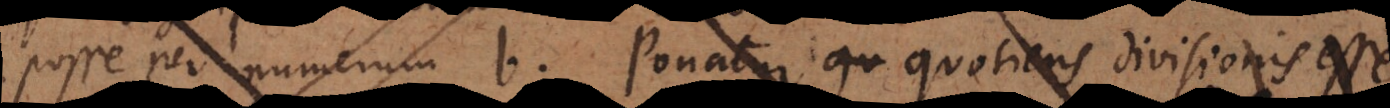
posse per numerum b. Ponatur quotiens divisionis esse